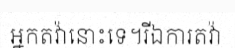
អ្នកតវ៉ានោះទេ។រីឯការតវ៉ា